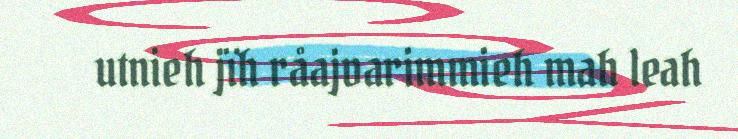
utnieh jïh råajvarimmieh mah leah